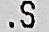
.S